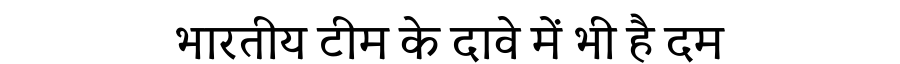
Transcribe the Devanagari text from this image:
भारतीय टीम के दावे में भी है दम